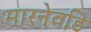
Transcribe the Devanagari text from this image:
मारनेवडि